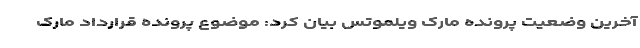
آخرین وضعیت پرونده مارک ویلموتس بیان کرد: موضوع پرونده قرارداد مارک